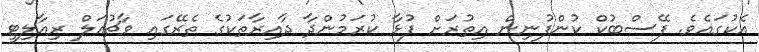
އެކުގައެވެ. ފޭސްބުކް ކުންފުނިން އިތުރަށް ފުޅާ ކުރަމުންދާ ދާއިރާތަކުގެ ތެރޭގައި ވާޗުއަލް ރިއާލިޓީ